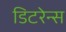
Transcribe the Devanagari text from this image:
डिटरेन्स